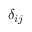
\delta _ { i j }